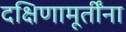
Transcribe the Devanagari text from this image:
दक्षिणामूर्तींना